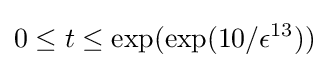
0\leq t\leq \exp({\exp({10/\epsilon ^{13}})})